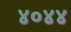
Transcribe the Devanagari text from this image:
४०४४